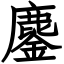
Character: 鏖